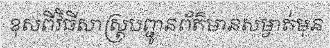
ខុសពីវិធីសាស្ត្របញ្ជូនព័ត៌មានសម្ងាត់មុន